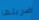
ضربتها